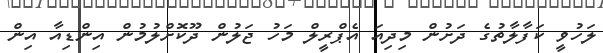
ލަހުވީ ކަފާލާތުގެ ދަށުން މިދިއަ އެޕްރީލް މަހު ޖަލުން ދޫކޮށްލުމުން އިންޑިއާ އިން